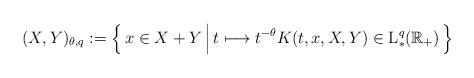
LaTeX: \begin{align*} (X,Y)_{\theta,q} := \left\{\, x\in X+Y\,\Big{|}\,t\longmapsto t^{-\theta}K(t,x,X,Y)\in\mathrm{L}^q_\ast(\mathbb{R}_+)\,\right\}\end{align*}